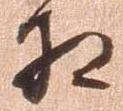
相